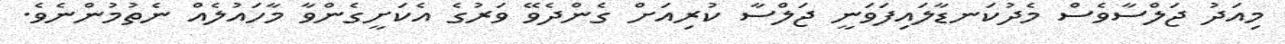
މިއަދު ޖަލްސާވެސް މެދުކަނޑާލައިފަވަނީ ޖަލްސާ ކުރިއަށް ގެންދެވޭ ވަރުގެ އެކަށީގެންވާ މާހައުލެއް ނެތުމުންނެވެ.